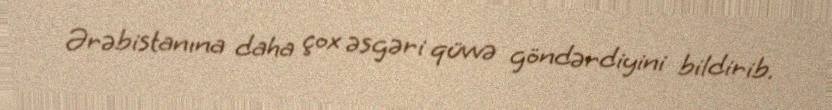
Ərəbistanına daha çox əsgəri qüvvə göndərdiyini bildirib.